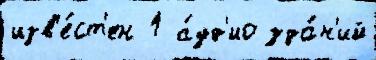
изв'е́ст'ен 1 а́уд'ио зда́н'ий